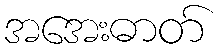
အအေးဓာတ်